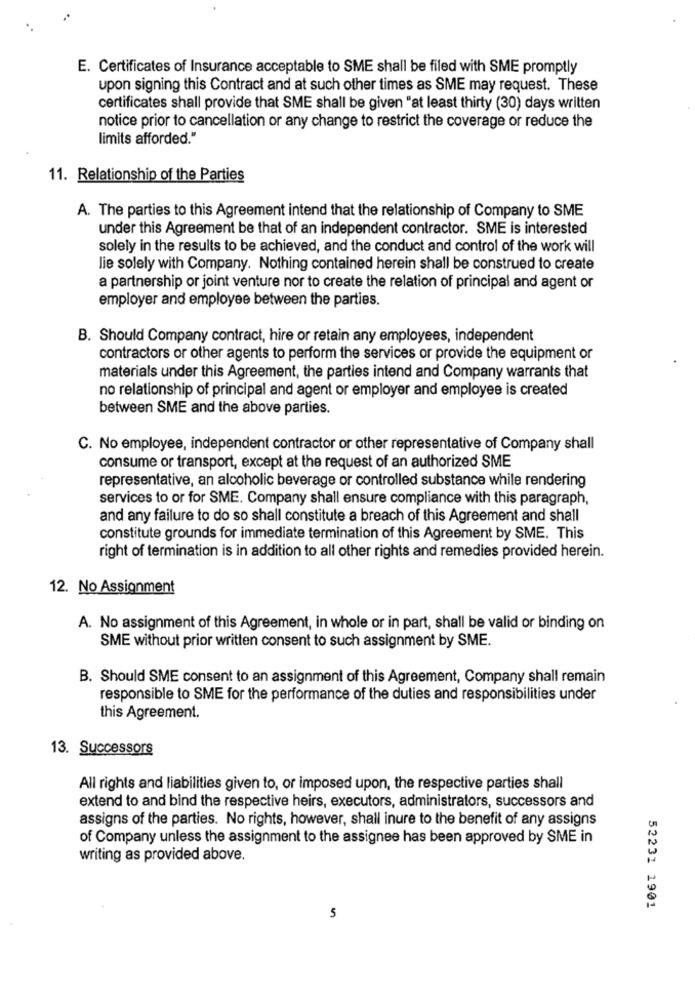
E. Certificates of Insurance acceptable to SME shall be filed with SME promptly
upon signing this Contract and at such other times as SME may request. These
certificates shall provide that SME shall be given "at least thirty (30) days written
notice prior to cancellation or any change to restrict the coverage or reduce the
limits afforded."
11. Relationship of the Parties
A. The parties to this Agreement intend that the relationship of Company to SME
under this Agreement be that of an independent contractor. SME is interested
solely in the results to be achieved, and the conduct and control of the work will
lie solely with Company. Nothing contained herein shall be construed to create
a partnership or joint venture nor to create the relation of principal and agent or
employer and employee between the parties.
B. Should Company contract, hire or retain any employees, independent
contractors or other agents to perform the services or provide the equipment or
materials under this Agreement, the parties intend and Company warrants that
no relationship of principal and agent or employer and employee is created
between SME and the above parties.
C. No employee, independent contractor or other representative of Company shall
consume or transport, except at the request of an authorized SME
representative, an alcoholic beverage or controlled substance while rendering
services to or for SME. Company shall ensure compliance with this paragraph,
and any failure to do so shall constitute a breach of this Agreement and shall
constitute grounds for immediate termination of this Agreement by SME. This
right of termination is in addition to all other rights and remedies provided herein.
12. No Assignment
A. No assignment of this Agreement, in whole or in part, shall be valid or binding on
SME without prior written consent to such assignment by SME.
B. Should SME consent to an assignment of this Agreement, Company shall remain
responsible to SME for the performance of the duties and responsibilities under
this Agreement.
13. Successors
All rights and liabilities given to, or imposed upon, the respective parties shall
extend to and bind the respective heirs, executors, administrators, successors and
assigns of the parties. No rights, however, shall inure to the benefit of any assigns
of Company unless the assignment to the assignee has been approved by SME in
writing as provided above.
52231 1901
5